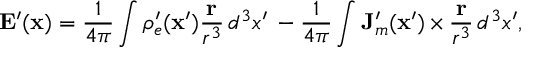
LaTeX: \mathbf { E } ^ { \prime } ( \mathbf { x } ) = \frac { 1 } { 4 \pi } \int \rho _ { e } ^ { \prime } ( \mathbf { x } ^ { \prime } ) \frac { \mathbf { r } } { r ^ { 3 } } \, d ^ { 3 } x ^ { \prime } \, - \frac { 1 } { 4 \pi } \int \mathbf { J } _ { m } ^ { \prime } ( \mathbf { x } ^ { \prime } ) \, { \bf \times } \, \frac { \mathbf { r } } { r ^ { 3 } } \, d ^ { 3 } x ^ { \prime } ,